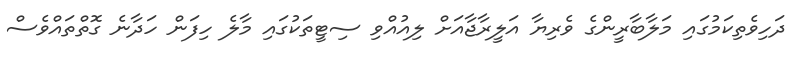
ދަހިވެތިކަމުގައި މަލާބާރީންގެ ވެރިޔާ އަލީރާޖާއަށް ލިއުއްވި ސިޓީތަކުގައި މާލެ ހިފަން ހަދާނެ ގޮތްތައްވެސް